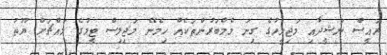
ރައީސް ނަޝީދާއި މަޖިލީހުގެ ގިނަ މެމްބަރުންތަކެއް ހިމެނޭ މަޖިލިސް ޓީމުގެ މައްޗަށް ޔޫތު